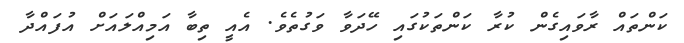
ކަންތައް ރާވައިގެން ކުރާ ކަންތަކުގައި ހޭދަވާ ވަގުތެެވެ. އެއީ ތިބާ އަމިއްލައަށް އުފައްދާ